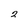
Character: 2